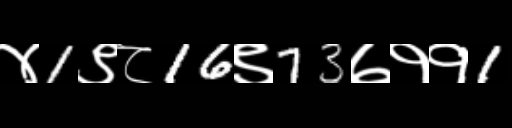
Text: ४1९८16९73७११1